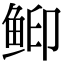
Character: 䲟